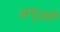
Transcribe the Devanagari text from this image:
अणुओँ